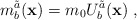
\begin{align*}m^{\tilde{a}}_{b}({\bf x})=m_0U^{\tilde{a}}_{b}({\bf x})\;,\end{align*}